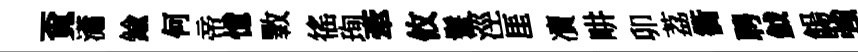
覔瀟鍮何帝憶斁徭珣牽攸鬟涇厓凟畊卯荔衢聘鉞餳強